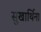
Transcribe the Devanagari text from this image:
सुखार्थिना